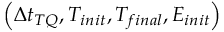
\left( \Delta t _ { T Q } , T _ { i n i t } , T _ { f i n a l } , E _ { i n i t } \right)